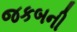
જકબની